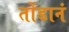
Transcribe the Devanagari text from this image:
तोंडानं